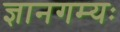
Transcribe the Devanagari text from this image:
ज्ञानगम्यः